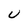
Character: U